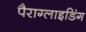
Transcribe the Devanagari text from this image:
पैराग्‍लाइडिंग